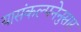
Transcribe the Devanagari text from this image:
यासंकल्पनेनुसार